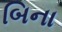
બિના